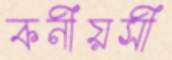
কনীয়সী